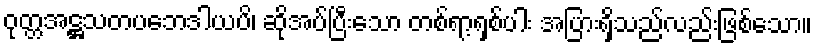
ဝုတ္တအဋ္ဌသတပဘေဒါယပိ၊ ဆိုအပ်ပြီးသော တစ်ရာ့ရှစ်ပါး အပြားရှိသည်လည်းဖြစ်သော။